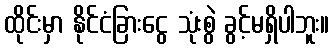
ထိုင်းမှာ နိုင်ငံခြားငွေ သုံးစွဲ ခွင့်မရှိပါဘူး။